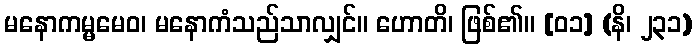
မနောကမ္မမေဝ၊ မနောကံသည်သာလျှင်။ ဟောတိ၊ ဖြစ်၏။ [၀၁] (နိ၊ ၂၃၁)